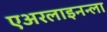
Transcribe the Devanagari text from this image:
एअरलाइनन्ला